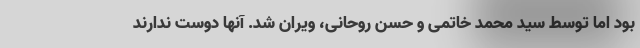
بود اما توسط سید محمد خاتمی و حسن روحانی، ویران شد. آنها دوست ندارند